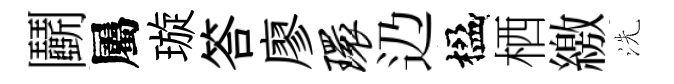
鬬屬璇答廖环辸楹栖繳洗